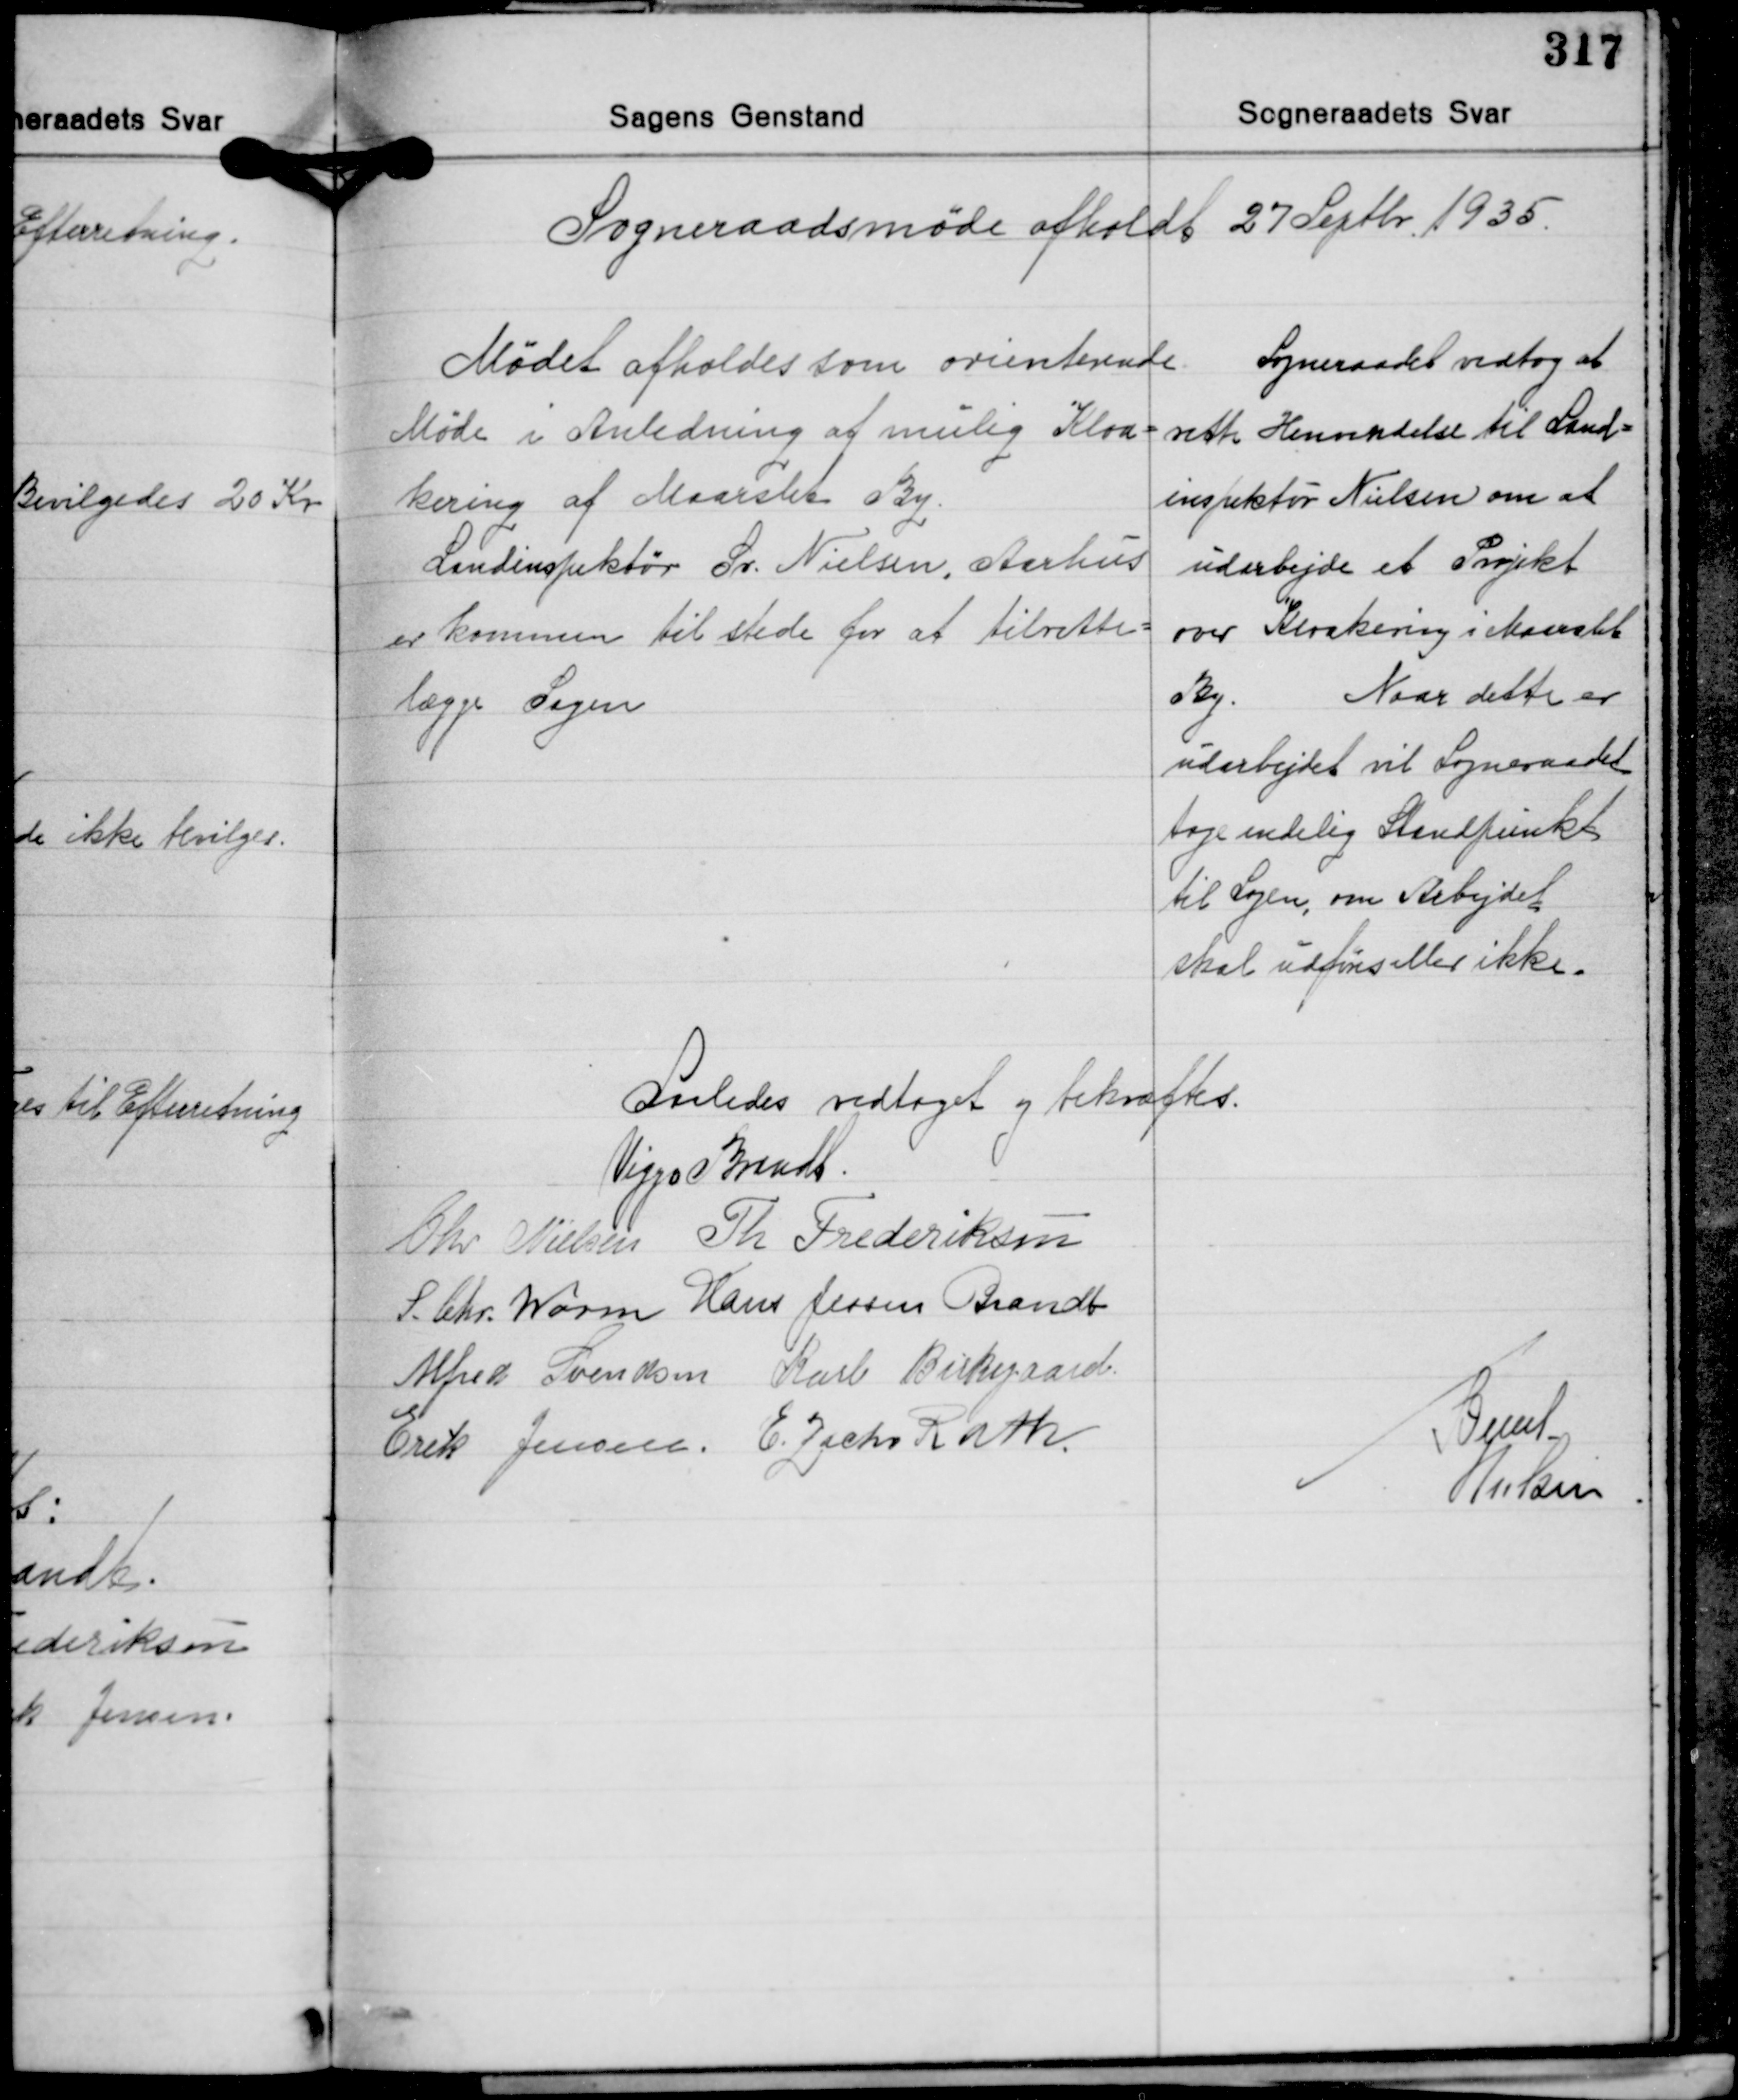
Transskription:
Sogneraadsmøde afholdt 27 Septbr. 1935.

Mødet afholdes som orienterende
Møde i Anledning af mulig Kloa-
kering af Maarslet By.
Landinspektør Sv. Nielsen, Aarhus
er kommen til stede for at tilrette-
lægge Sagen

Sogneraadet vedtog at
rette Henvendelse til Land-
inspektør Nielsen om at
udarbejde et Projekt
over Kloakering i Maarslet
By.
Naar dette er
udarbejdet vil Sogneraadet
tage endelig Standpunkt
til Sagen, om Arbejdet
skal udføres eller ikke

Saaledes vedtaget og bekræftes.
Viggo Brandt
Chr. Nielsen Th. Frederiksen
S. Chr. Worm Hans Jessen Brandt
Alfred Svendsen Karl Birkegaard
Erik Jensen E. Zacho Rath

Svend
Nielsen